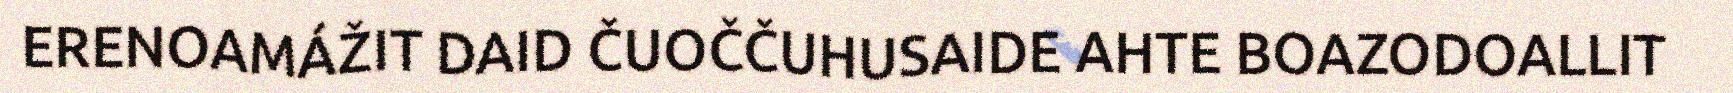
ERENOAMÁŽIT DAID ČUOČČUHUSAIDE AHTE BOAZODOALLIT